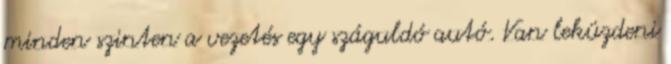
minden szinten a vezetés egy száguldó autó. Van leküzdeni